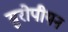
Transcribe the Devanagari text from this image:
य़ुरोपीयन